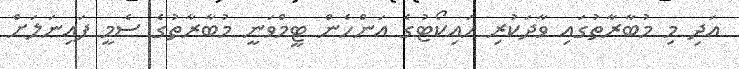
އަދި މި މުބާރާތުގައި ވާދަކުރި ހައިކޯޓުގެ އަންހެން ޓީމްވަނީ މުބާރާތުގެ ސެމީ ފައިނަލަށް